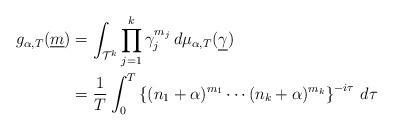
LaTeX: \begin{align*}g_{\alpha,T}(\underline{m})&= \int_{\mathcal{T}^k} \prod_{j=1}^{k} \gamma_j^{m_j} \,d \mu_{\alpha,T} (\underline{\gamma}) \\&= \frac{1}{T} \int_{0}^{T} \left\{(n_1+\alpha)^{m_1}\cdots(n_k+\alpha)^{m_k}\right\}^{-i \tau} \,d \tau\end{align*}